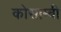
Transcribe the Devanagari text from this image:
कोसाम्बी